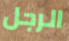
الرجل